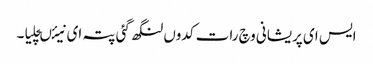
ایس ای پریشانی وچ رات کدوں لنگھ گئی پتہ ای نیئںچلیا۔